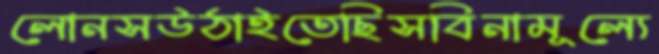
লোনসউঠাইতেছিসবিনামূল্যে